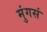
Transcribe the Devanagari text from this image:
मुंगसं